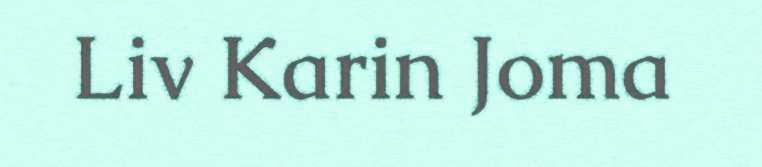
Liv Karin Joma